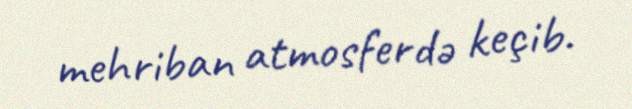
mehriban atmosferdə keçib.